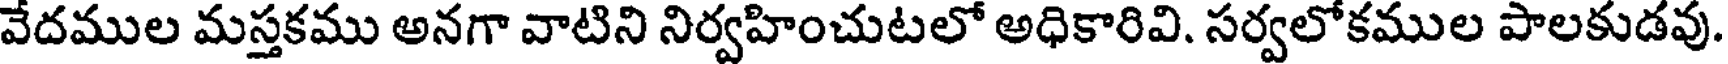
వేదముల మస్తకము అనగా వాటిని నిర్వహించుటలో అధికారివి. సర్వలోకముల పాలకుడవు